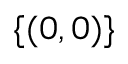
\{ ( 0 , 0 ) \}